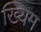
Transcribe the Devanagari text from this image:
ख्यिम